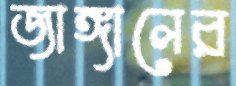
জাঙ্গালের